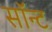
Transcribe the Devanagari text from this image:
सॉन्ट